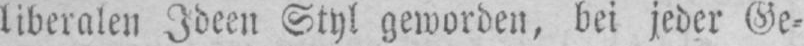
liberalen Ideen Styl geworden, bei jeder Ge⸗